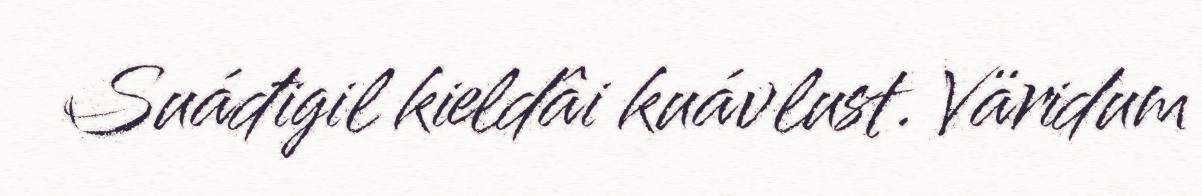
Suáđigil kieldâi kuávlust. Väridum